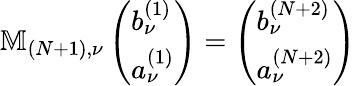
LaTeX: \mathbb{M}_{(N+1),\nu}\left(\begin{array}{l}{b_{\nu}^{(1)}}\\ {a_{\nu}^{(1)}}\end{array}\right)=\left(\begin{array}{l}{b_{\nu}^{(N+2)}}\\ {a_{\nu}^{(N+2)}}\end{array}\right)